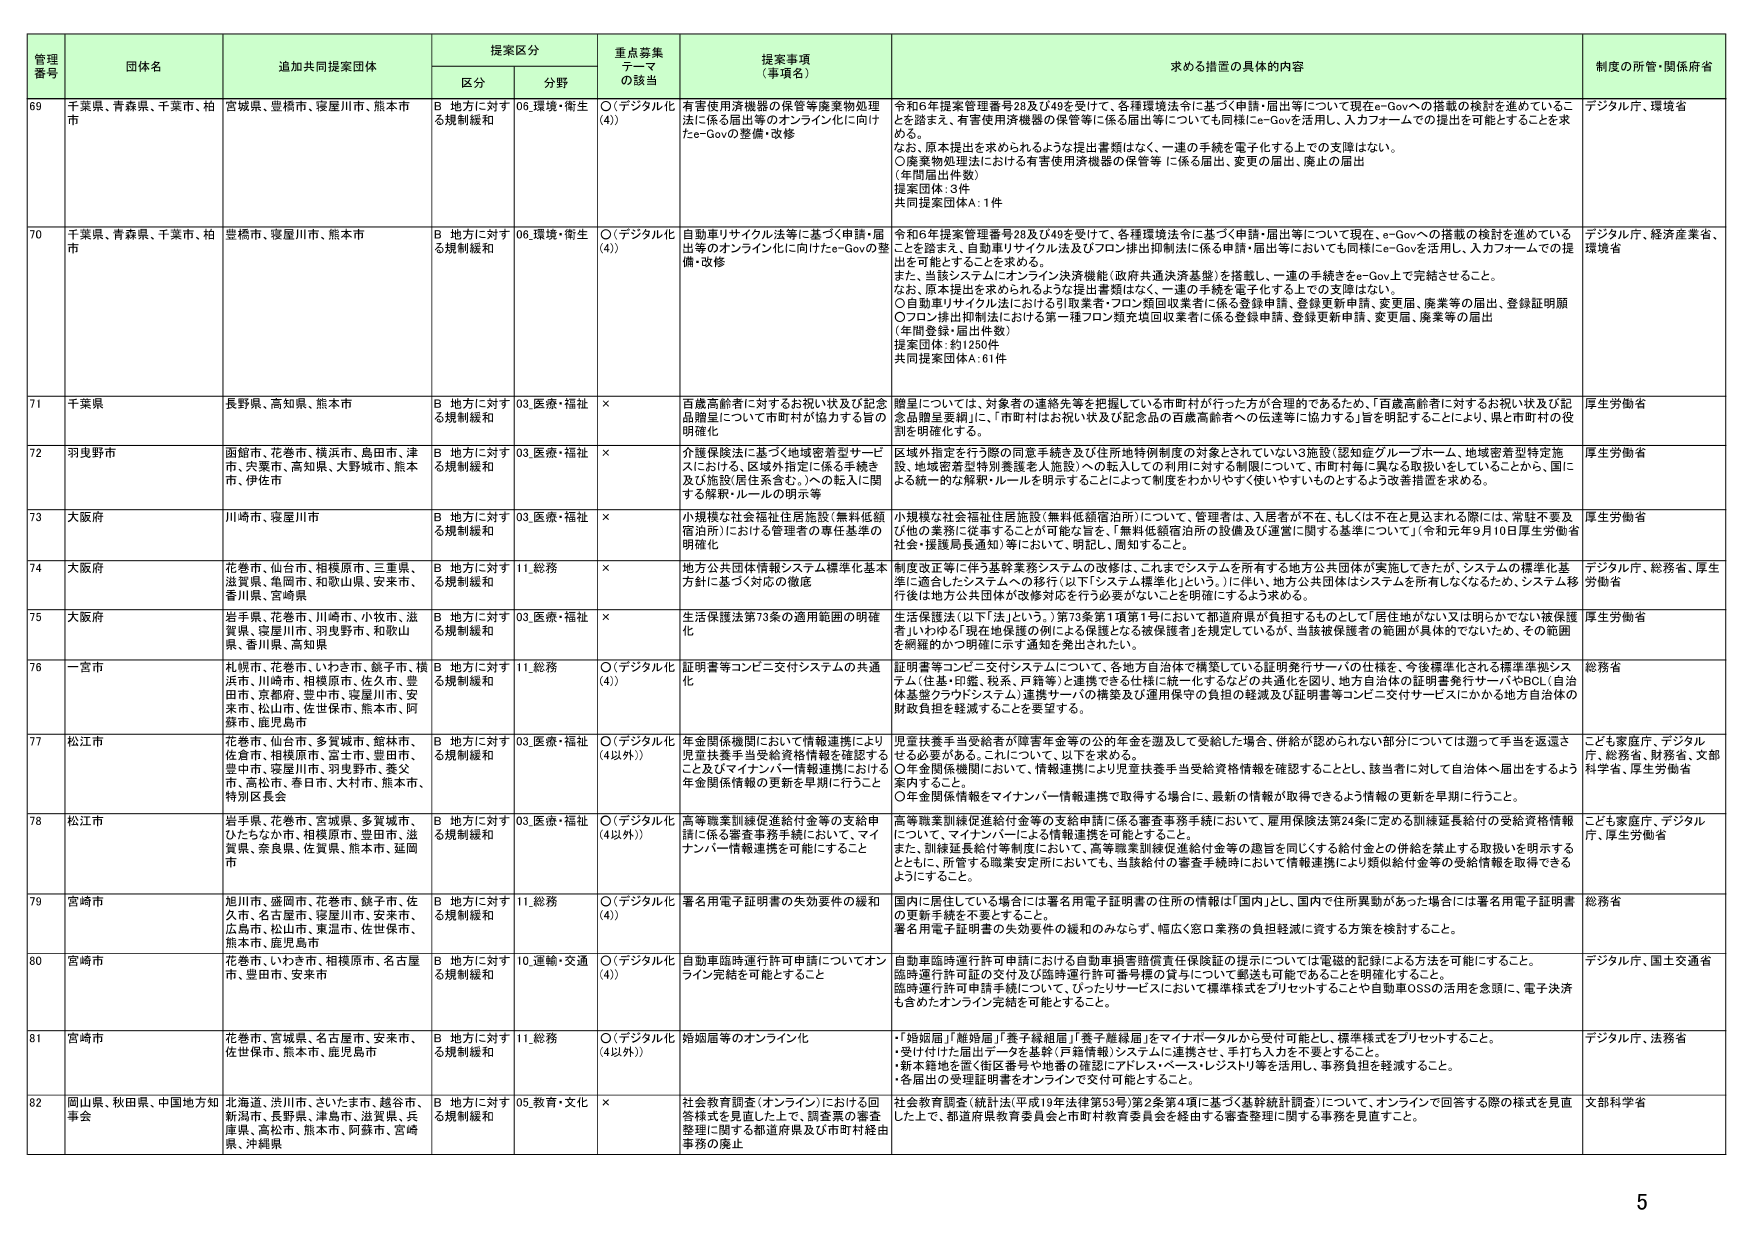
管理番号 団体名 追加共同提案団体 提案区分 重点募集テーマの該当 提案事項（事項名） 求める措置の具体的内容 制度の所管・関係府省
区分 分野
69 千葉県、青森県、千葉市、柏市 宮城県、豊橋市、寝屋川市、熊本市 B 地方に対する規制緩和 06.環境・衛生 ○（デジタル化（4）） 有害使用済機器の保管等廃棄物処理法に係る届出等のオンライン化に向けたe-Govの整備・改修 令和6年提案管理番号29及び49を受けて、各種環境法令に基づく申請・届出等について現在e-Govへの搭載の検討を進めていることを踏まえ、有害使用済機器の保管等に係る届出等についても同様にe-Govを活用し、入力フォームでの提出を可能とすることを求める。 なお、原本提出を求められるような提出書類はなく、一連の手続きを電子化する上での支援はない。 ○廃棄物処理法における有害使用済機器の保管等に係る届出、変更の届出、廃止の届出 （年間届出件数） 提案団体：3件 共同提案団体A：1件 デジタル庁、環境省
70 千葉県、青森県、千葉市、柏市 豊橋市、寝屋川市、熊本市 B 地方に対する規制緩和 06.環境・衛生 ○（デジタル化（4）） 自動車リサイクル法等に基づく申請・届出等のオンライン化に向けたe-Govの整備・改修 令和6年提案管理番号29及び49を受けて、各種環境法令に基づく申請・届出等について現在、e-Govへの搭載の検討を進めていることを踏まえ、自動車リサイクル法及びプロ・排出抑制法に係る申請・届出等においても同様にe-Govを活用し、入力フォームでの提出を可能とすることを求める。 また、当該システムにオンライン決済機能（政府共通決済基盤）を搭載し、一連の手続きをe-Gov上で完結させること。 なお、原本提出を求められるような提出書類はなく、一連の手続きを電子化する上での支援はない。 ○自動車リサイクル法における引取業者・プロ・廃回収業者に係る登録申請、登録更新申請、変更届、廃業等の届出、登録証明願 ○プロン排出抑制法における第一種プロン類充填回収業者に係る登録申請、登録更新申請、変更届、廃業等の届出 （年間登録・届出件数） 提案団体：約1250件 共同提案団体A：61件 デジタル庁、経済産業省、環境省
71 千葉県 長野県、高知県、熊本市 B 地方に対する規制緩和 03.医療・福祉 × 百歳高齢者に対するお祝い状及び記念品贈呈について市町村が協力する旨の明確化 贈呈については、対象者の連絡先等を把握している市町村が行った方が合理的であるため、「百歳高齢者に対するお祝い状及び記念品贈呈要綱」に、「市町村はお祝い状及び記念品の百歳高齢者への伝達等に協力する」旨を明記することにより、県と市町村の役割を明確化する。 厚生労働省
72 羽曳野市 函館市、花巻市、横浜市、島田市、津市、共要市、高知県、大野城市、熊本市、伊佐市 B 地方に対する規制緩和 03.医療・福祉 × 介護保険法に基づく地域密着型サービスにおける、区域外指定に係る手続き及び施設（居住系含む。）への転入に関する解釈・ルールの明示等 区域外指定を行う際の同意手続き及び住所地特例制度の対象とされていない施設（認知症グループホーム、地域密着型特定施設、地域密着型特別養護老人施設）への転入での利用に対する制限について、市町村毎に異なる取扱いをしていることから、国による統一的な解釈・ルールを明示することによって制度をわかりやすく使いやすいものとするよう改善措置を求める。 厚生労働省
73 大阪府 川崎市、寝屋川市 B 地方に対する規制緩和 03.医療・福祉 × 小規模な社会福祉住居施設（無料低額宿泊所）における管理者の専任基準の明確化 小規模な社会福祉住居施設（無料低額宿泊所）について、管理者は、入居者が不在、もしくは不在と見込まれる際には、常駐不要及び他の業務に従事することが可能な旨を、「無料低額宿泊所の設備及び運営に関する基準について」（令和元年9月10日厚生労働省社会・援護局長通知）等において、明記し周知すること。 厚生労働省
74 大阪府 花巻市、仙台市、相模原市、三重県、滋賀県、魚崎市、和歌山県、安来市、香川県、宮崎県 B 地方に対する規制緩和 11.総務 × 地方公共団体情報システム標準化基本方針に基づく対応の徹底 制度改正等に伴う基幹業務システムの改修は、これまでシステムを所有する地方公共団体が実施してきたが、システムの標準化基準に適合したシステムへの移行（以下「システム標準化」という。）に伴い、地方公共団体はシステムを所有しなくなるため、システム移行後は地方公共団体が改修対応を行う必要がないことを明確にするよう求める。 デジタル庁、総務省、厚生労働省
75 大阪府 岩手県、花巻市、川崎市、小牧市、滋賀県、寝屋川市、羽曳野市、和歌山県、香川県、高知県 B 地方に対する規制緩和 03.医療・福祉 × 生活保護法第73条の適用範囲の明確化 生活保護法（以下「法」という。）第73条第1項第1号において都道府県が負担するものとして「居住地がない又は明らかでない被保護者」いわゆる「現在地保護の例」による保護となる被保護者」を規定しているが、当該被保護者の範囲が具体的でないため、その範囲を網羅的かつ明確に示す通知を発出されたい。 厚生労働省
76 一宮市 札幌市、花巻市、いわき市、銚子市、横浜市、川崎市、相模原市、佐久市、豊田市、京都市、堺市、寝屋川市、安来市、松山市、佐世保市、熊本市、阿蘇市、鹿児島市 B 地方に対する規制緩和 11.総務 ○（デジタル化（4）） 証明書等コンビニ交付システムの共通化 証明書等コンビニ交付システムについて、各地方自治体で構築している証明発行サーバの仕様を、今後標準化される標準準拠システム（住基・印鑑、税系、戸籍等）と連携できる仕様に統一化するなどの共通化を図り、地方自治体の証明書発行サーバやBCL（自治体基盤クラウドシステム）連携サーバの構築及び運用保守の負担の軽減及び証明書等コンビニ交付サービスにかかる地方自治体の財政負担を軽減することを要望する。 総務省
77 松江市 花巻市、仙台市、多賀城市、館林市、佐倉市、相模原市、宮本市、豊田市、豊中市、寝屋川市、羽曳野市、寒々市、高松市、春日市、大村市、熊本市、特別区長会 B 地方に対する規制緩和 03.医療・福祉 ○（デジタル化（4以外）） 年金関係機関において情報連携により児童扶養手当受給資格情報を確認すること及びマイナンバー情報連携における年金関係情報の更新を早期に行うこと 児童扶養手当受給者が障害年金等の公的年金を遡及して受給した場合、併給が認められない部分については遡って手当を返還させる必要がある。これについて、以下の求めの。 ○年金関係機関において、情報連携により児童扶養手当受給資格情報を確認することと、該当者に対して自治体へ届出をするよう案内すること。 ○年金関係情報でマイナンバー情報連携で取得する場合に、最新の情報が取得できるよう情報の更新を早期に行うこと。 こども家庭庁、デジタル庁、総務省、財務省、文部科学省、厚生労働省
78 松江市 岩手県、花巻市、宮城県、多賀城市、ひたちなか市、相模原市、豊田市、滋賀県、奈良県、佐賀県、熊本市、延岡市 B 地方に対する規制緩和 03.医療・福祉 ○（デジタル化（4以外）） 高等職業訓練促進給付金等の支給申請に係る審査事務手続において、マイナンバー情報連携を可能にすること 高等職業訓練促進給付金等の支給申請に係る審査事務手続において、雇用保険法第24条に定める訓練延長給付の受給資格情報について、マイナンバーによる情報連携を可能とすること。 また、訓練延長給付等制度において、高等職業訓練促進給付金等の趣旨を同じくする給付金との併給を禁止する取扱いを明示するとともに、所管する職業安定所においても、当該給付の審査手続時において情報連携により類似給付金等の受給情報を取得できるようにすること。 こども家庭庁、デジタル庁、厚生労働省
79 宮崎市 旭川市、盛岡市、花巻市、銚子市、佐久市、名古屋市、寝屋川市、安来市、広島市、松山市、東温市、佐世保市、熊本市、鹿児島市 B 地方に対する規制緩和 11.総務 ○（デジタル化（4）） 署名用電子証明書の失効要件の緩和 国内に居住している場合には署名用電子証明書の住所の情報は「国内」とし、国内で住所異動があった場合には署名用電子証明書の更新手続を不要とすること。 署名用電子証明書の失効要件の緩和のみならず、幅広く窓口業務の負担軽減に資する方策を検討すること。 総務省
80 宮崎市 花巻市、いわき市、相模原市、名古屋市、豊田市、安来市 B 地方に対する規制緩和 10.運輸・交通 ○（デジタル化（4）） 自動車臨時運行許可申請についてオンライン完結を可能とすること 自動車臨時運行許可申請における自動車損害賠償責任保険証の提示については電磁的記録による方法を可能にすること。 臨時運行許可証の交付及び臨時運行許可番号標の貸与について郵送も可能であることを明確化すること。 臨時運行許可申請手続について、ひっとりサービスにおいて標準様式をプリセットすることや自動車OSSの活用を念頭に、電子決済も含めたオンライン完結を可能とすること。 デジタル庁、国土交通省
81 宮崎市 花巻市、宮城県、名古屋市、安来市、佐世保市、熊本市、鹿児島市 B 地方に対する規制緩和 11.総務 ○（デジタル化（4以外）） 狩猟届等のオンライン化 ・「猟猟届」「雌狩猟届」「巣子猟猟届」「巣子雌猟届」をマイナポータルから受付可能とし、標準様式をプリセットすること。 ・受け付けた届出データを基幹（戸籍情報）システムに連携させ、手打ち入力を不要とすること。 ・新本籍地を管（住民番号や地番の確認にアドレス、ベースレジストリ等を活用し、事務負担を軽減すること。 ・各届出の実施証明書をオンラインで交付可能とすること。 デジタル庁、法務省
82 岡山県、秋田県、中国地方知事会 北海道、浜川市、さいたま市、越谷市、新潟市、長野県、津島市、滋賀県、兵庫県、高松市、熊本市、阿蘇市、宮崎県、沖縄県 B 地方に対する規制緩和 05.教育・文化 × 社会教育調査（オンライン）における回答様式を見直した上で、調査票の審査整理に関する都道府県及び市町村経由事務の廃止 社会教育調査（統計法（平成19年法律第53号）第2条第4項に基づく基幹統計調査）について、オンラインで回答する際の様式を見直した上で、都道府県教育委員会と市町村教育委員会を経由する審査整理に関する事務を見直すこと。 文部科学省
5